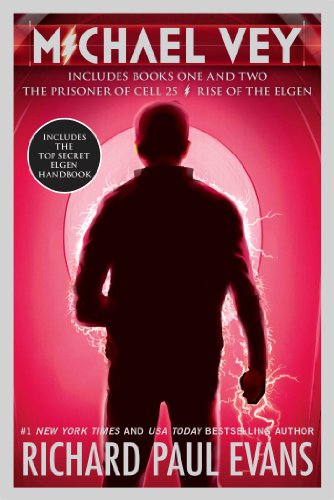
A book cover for Michael Vey Books One and Two: The Prisoner of Cell 25; Rise of the Elgen; Richard Paul Evans; Teen & Young Adult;